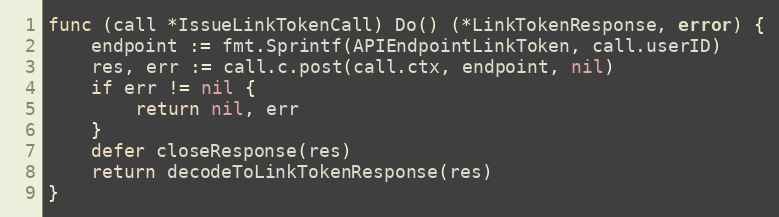
Language: Go
func (call *IssueLinkTokenCall) Do() (*LinkTokenResponse, error) {
	endpoint := fmt.Sprintf(APIEndpointLinkToken, call.userID)
	res, err := call.c.post(call.ctx, endpoint, nil)
	if err != nil {
		return nil, err
	}
	defer closeResponse(res)
	return decodeToLinkTokenResponse(res)
}